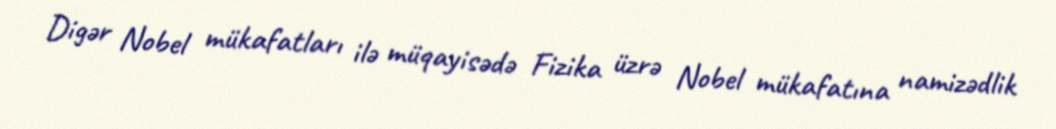
Digər Nobel mükafatları ilə müqayisədə Fizika üzrə Nobel mükafatına namizədlik